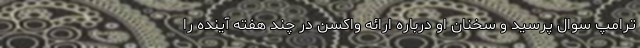
ترامپ سوال پرسید و سخنان او درباره ارائه واکسن در چند هفته آینده را